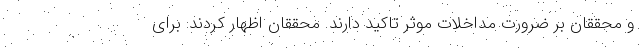
و محققان بر ضرورت مداخلات موثر تاکید دارند. محققان اظهار کردند: برای